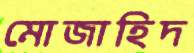
মোজাহিদ